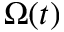
\Omega ( t )